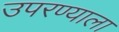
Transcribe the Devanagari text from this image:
उपरण्याला